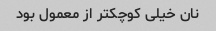
نان خیلی کوچکتر از معمول بود